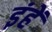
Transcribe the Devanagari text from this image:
इंहें